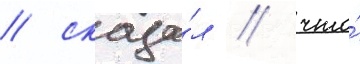
/ сказа́л / что́